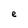
Character: e